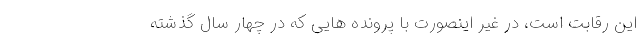
این رقابت است، در غیر اینصورت با پرونده هایی که در چهار سال گذشته